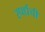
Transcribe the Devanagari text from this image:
स्पर्धची